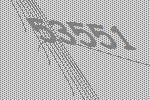
53551